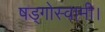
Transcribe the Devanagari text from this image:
षड्गोस्वामी।